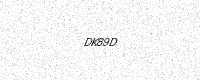
Text: DK89D